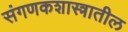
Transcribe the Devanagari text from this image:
संगणकशास्त्रातील